Vaccine operations Central Provinces 1868-1885 - 1868-1885
Year: 1868
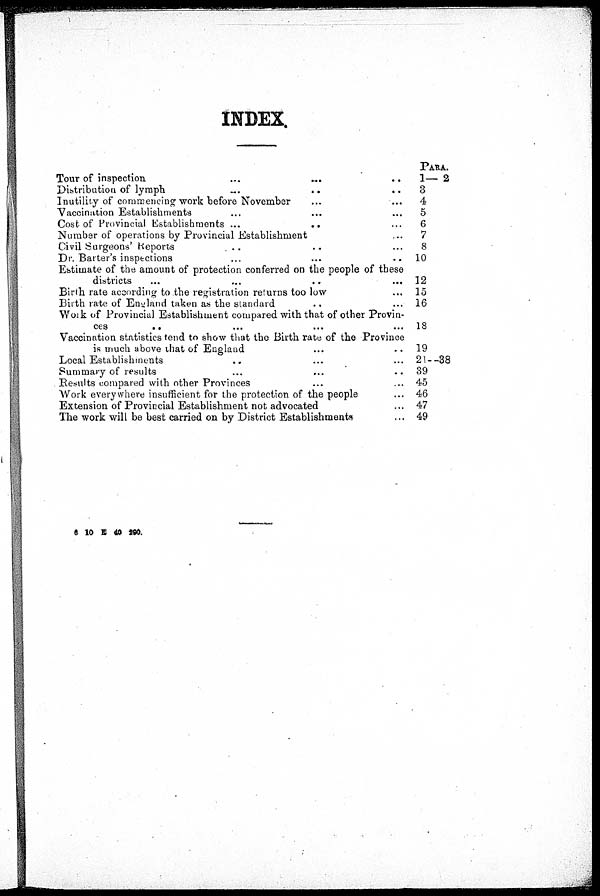
INDEX
PARA.
Tour of inspection. ... ... ...
Distribution of lymph ... ... ...
Inutility of commencing work before November ... ...
Vaccination Establishments ... ...
Cost of Provincial Establishments ...
...
...
Number of operations by Provincial Establishment ...
Civil Surgeons' Reports ... ... ...
Dr. Barter's inspections ... ... ...
Estimate of the amount of protection conferred on the people of these
districts
...
...
...
...
Birth rate according to the registration returns too low
Birth rate of England taken as the standard ... ...
Work of Provincial Establishment compared with that of other Provin-
ces ... ... ... ...
Vaccination statistics tend to show that the Birth rate of the Province
is much above that of England ... ...
Local Establishments
...
...
...
Summary of results
...
... ...
Results compared with other Provinces ... ...
Work everywhere insufficient for the protection of the people ...
Extension of Provincial Establishment not advocated ...
The work will be best carried on by District Establishments ...
1— 2
3
4
5
6
7
8
10
12
15
16
18
19
21—38
39
45
46
47
49
6 10 E 40 290.